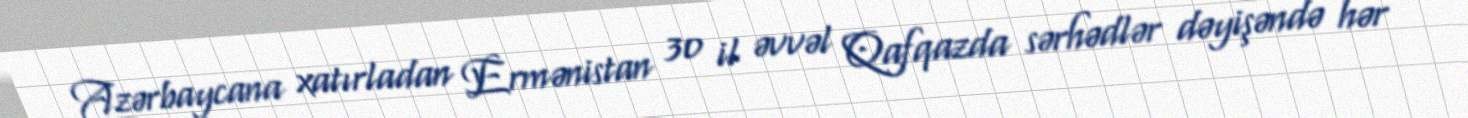
Azərbaycana xatırladan Ermənistan 30 il əvvəl Qafqazda sərhədlər dəyişəndə hər